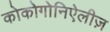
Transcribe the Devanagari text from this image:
कोकोगोनिऐलीज़